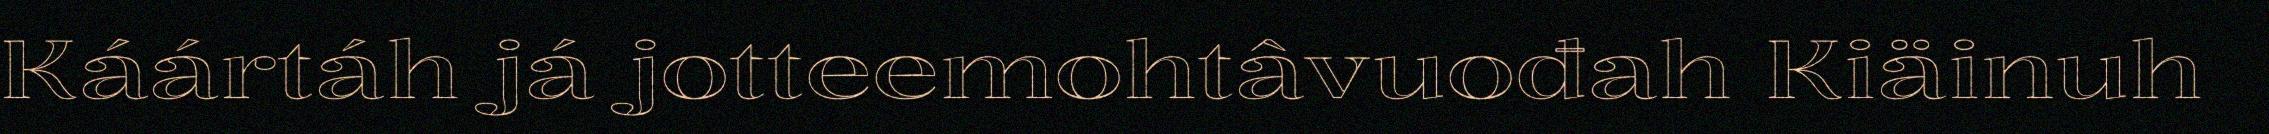
Káártáh já jotteemohtâvuođah Kiäinuh